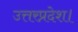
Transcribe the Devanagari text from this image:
उत्तरप्रदेश।